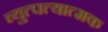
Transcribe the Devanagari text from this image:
व्युत्पत्यात्मक